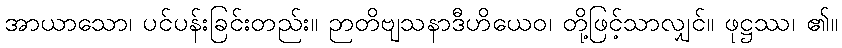
အာယာသော၊ ပင်ပန်းခြင်းတည်း။ ဉာတိဗျသနာဒီဟိယေဝ၊ တို့ဖြင့်သာလျှင်။ ဖုဋ္ဌဿ၊ ၏။